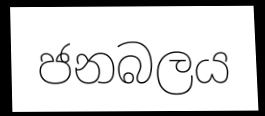
ජනබලය